画像に写った文字を読んでください
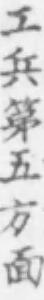
「工兵第五方面」と書いてあります